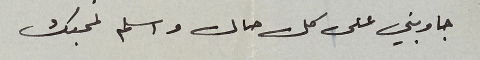
جاوبني على كل حال واسلم لمحبك